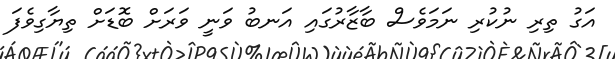
އަގު ތިރި ނުކުރި ނަމަވެސް ބާޒާރުގައި އަނބު ވަނީ ވަރަށް ބޮޑަށް ތިޔާގިވެފަ